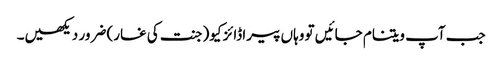
جب آپ ویتنام جائیں تو وہاں پیراڈائز کیو(جنت کی غار) ضرور دیکھیں۔